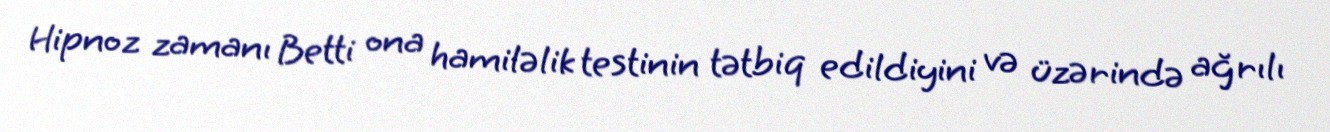
Hipnoz zamanı Betti ona hamiləlik testinin tətbiq edildiyini və üzərində ağrılı